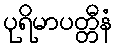
ပုရိမာပတ္တီနံ